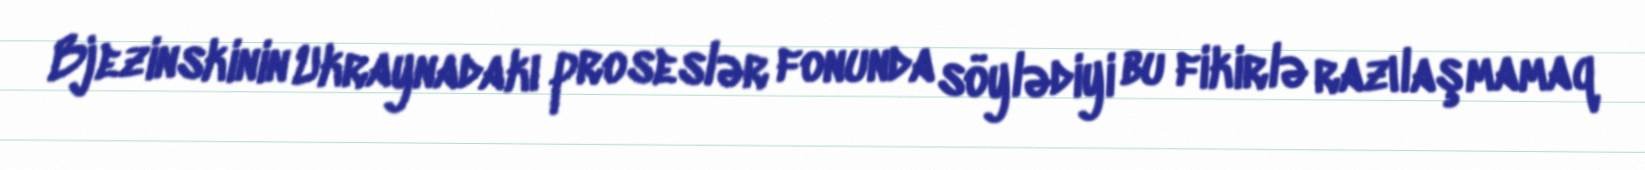
Bjezinskinin Ukraynadakı proseslər fonunda söylədiyi bu fikirlə razılaşmamaq